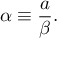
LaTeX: \alpha \equiv \frac { a } { \beta } .